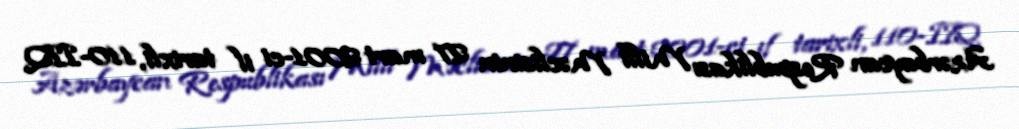
Azərbaycan Respublikası Milli Məclisinin 27 mart 2001-ci il tarixli, 110-IIQ